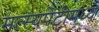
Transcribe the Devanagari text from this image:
मत्स्यपेटीमध्ये